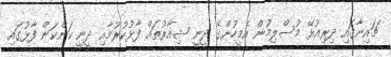
ޗައިނާގައި ދިރިއުޅޭ މުސްލިމުން އެމީހުންގެ ދީނީ ޝިއާރުތައް ފާޅުކުރުމާއި ދީނީ ކަންކަން ފާޅުގައި